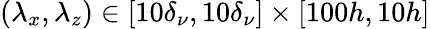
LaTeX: (\lambda_{x},\lambda_{z})\in[10\delta_{\nu},10\delta_{\nu}]\times[100h,10h]